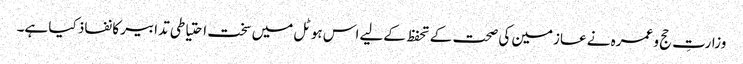
وزارتِ حج و عمرہ نے عازمین کی صحت کے تحفظ کےلیے اس ہوٹل میں سخت احتیاطی تدابیر کا نفاذ کیا ہے۔